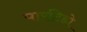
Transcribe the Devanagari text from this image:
पारटिडो